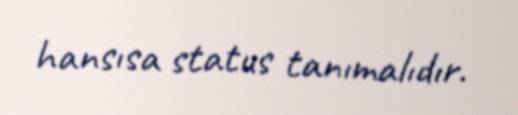
hansısa status tanımalıdır.